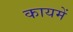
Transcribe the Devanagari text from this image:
कायमें